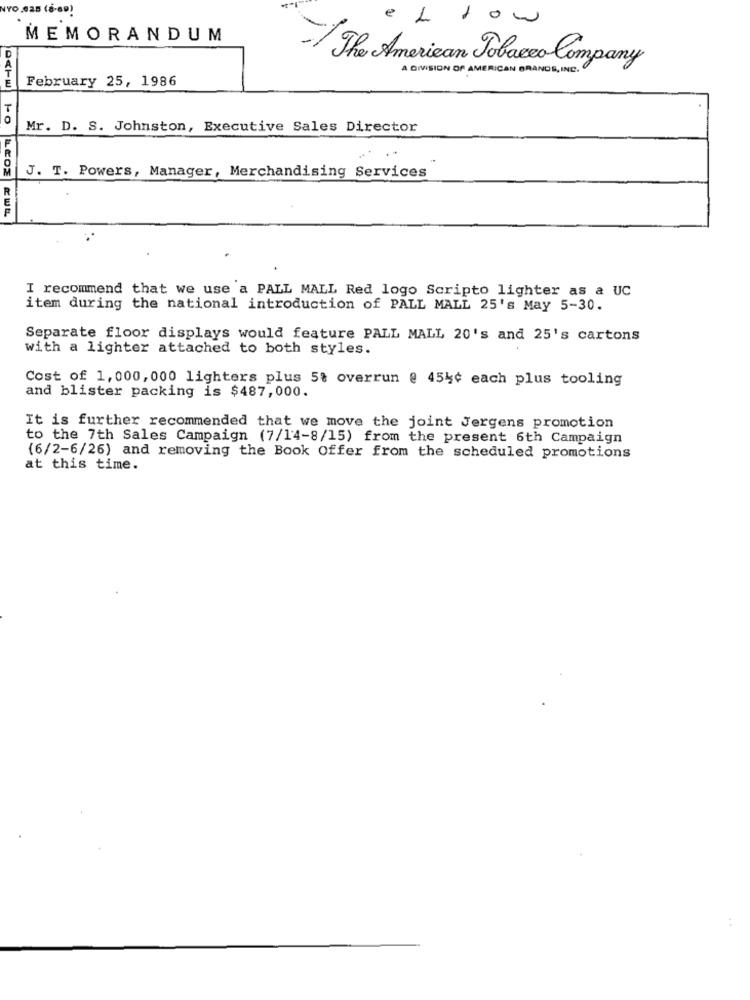
NYO.925 (6-69)
e L
ow
MEMORANDUM
The American Tobacco Company
A DIVISION OF AMERICAN BRANDS, INC.
February 25, 1986
Mr. D. S. Johnston, Executive Sales Director
J. T. Powers, Manager, Merchandising Services
I recommend that we use a PALL MALL Red logo Scripto lighter as a UC
item during the national introduction of PALL MALL 25's May 5-30.
Separate floor displays would feature PALL MALL 20's and 25's cartons
with a lighter attached to both styles.
Cost of 1,000,000 lighters plus 5% overrun @ 454¢ each plus tooling
and blister packing is $487,000.
It is further recommended that we move the joint Jergens promotion
to the 7th Sales Campaign (7/14-8/15) from the present 6th Campaign
(6/2-6/26) and removing the Book Offer from the scheduled promotions
at this time.